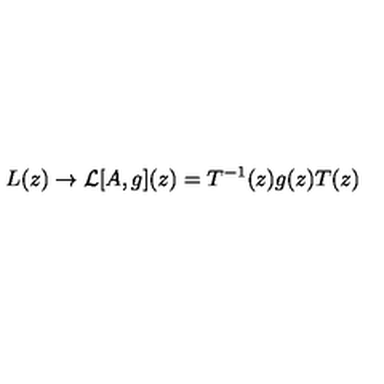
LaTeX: L ( z ) \rightarrow { \cal L } [ A , g ] ( z ) = T ^ { - 1 } ( z ) g ( z ) T ( z )